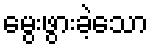
မွေးဖွားခဲ့သော